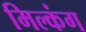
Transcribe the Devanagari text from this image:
मिल्कंग